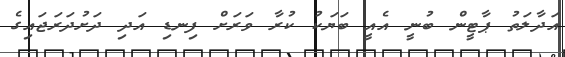
އަދާލަތު ޕާޓީން ބުނީ އެއީ ބަޔަކު ކުރާ ވަރަށް ފިނޑި އަދި ދަށުދަރަޖައިގެ